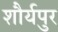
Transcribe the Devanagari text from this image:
शौर्यपुर